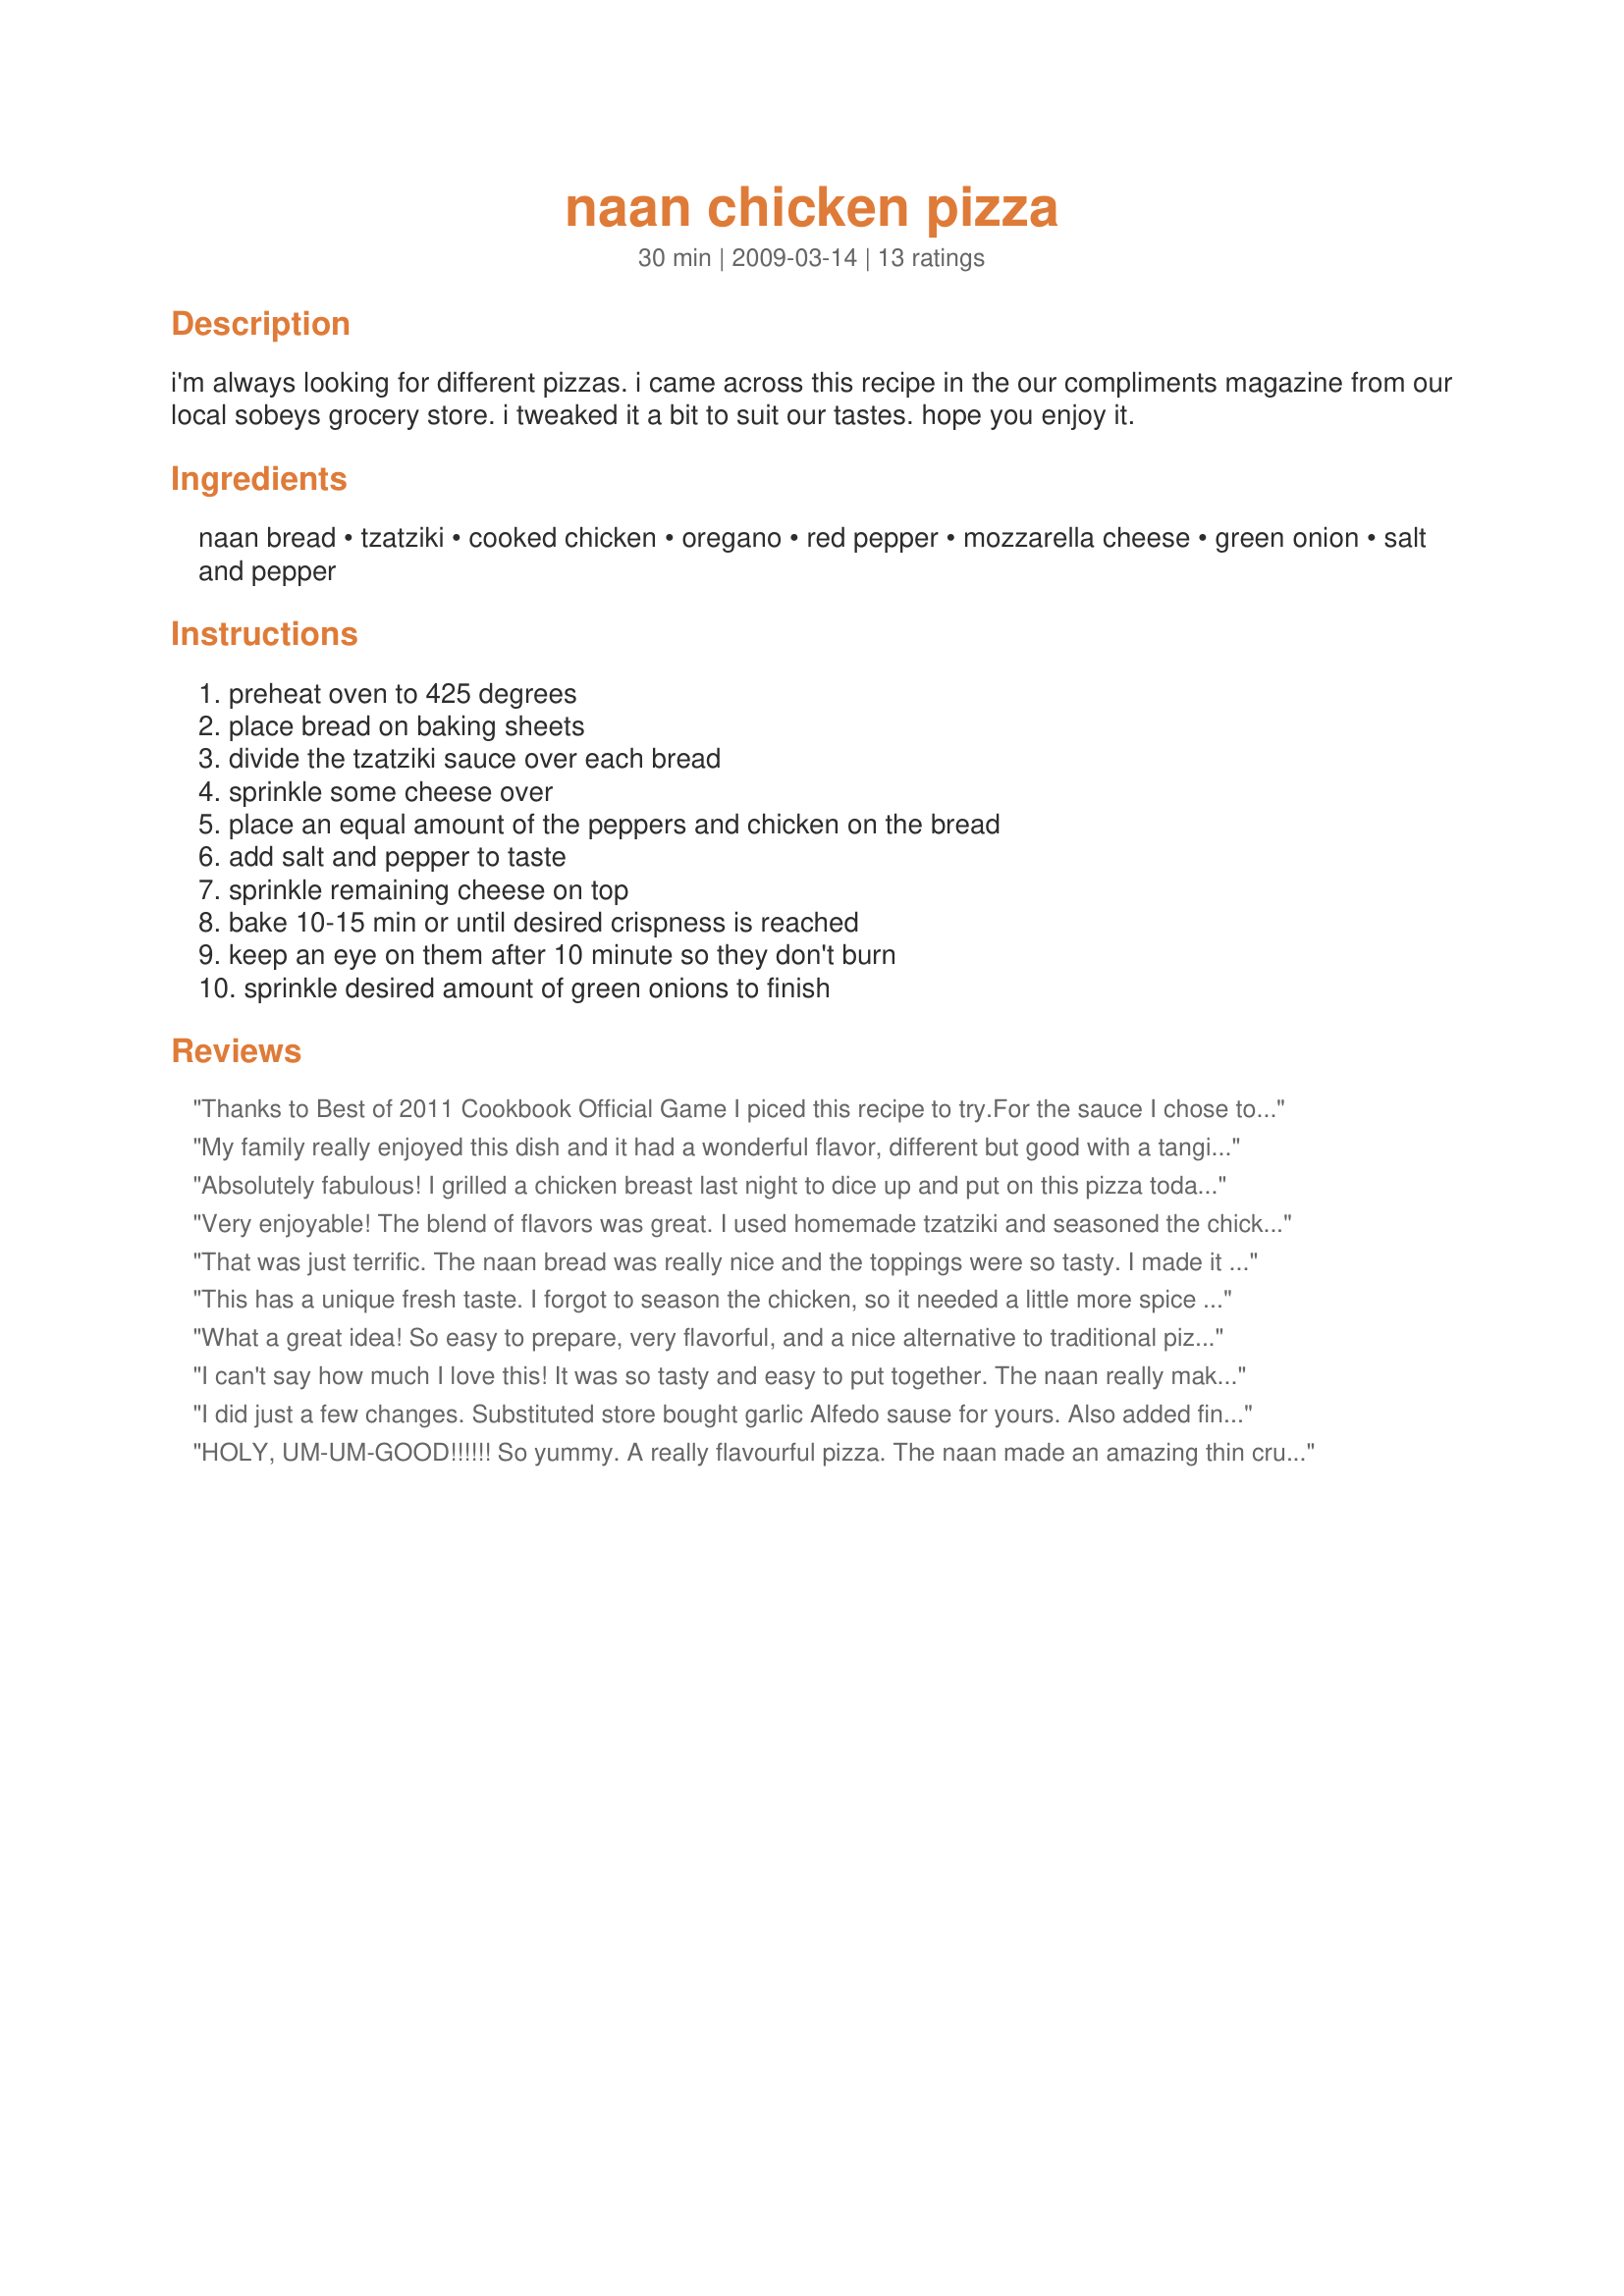
naan chicken pizza
Preparation time: 30 minutes

i'm always looking for different pizzas. i came across this recipe in the our compliments magazine from our local sobeys grocery store. i tweaked it a bit to suit our tastes. hope you enjoy it.

Ingredients:
naan bread, tzatziki, cooked chicken, oregano, red pepper, mozzarella cheese, green onion, salt and pepper

Steps:
preheat oven to 425 degrees, place bread on baking sheets, divide the tzatziki sauce over each bread, sprinkle some cheese over, place an equal amount of the peppers and chicken on the bread, add salt and pepper to taste, sprinkle remaining cheese on top, bake 10-15 min or until desired crispness is reached, keep an eye on them after 10 minute so they don't burn, sprinkle desired amount of green onions to finish

Reviews:
Thanks to Best of 2011 Cookbook Official Game I piced this recipe to try.<br/><br/>For the sauce I chose to use Recipe #80959.<br/><br/>what an amazing lunch I had today! Looking forward to having this recipe again.
My family really enjoyed this dish and it had a wonderful flavor, different but good with a tanginess from the tzatziki. This would work with other flat breads too.I made this for Best of 2010 Cookbook Tag. Thanks for a new family favorite!
Absolutely fabulous! I grilled a chicken breast last night to dice up and put on this pizza today. Wonderful decision. The smokey flavor of the chicken complimented this pizza beautifully. I made it exactly as posted today, and it was great. Next time I'll add some feta cheese....I think that would just put this over the top! Thanks for sharing.
Very enjoyable! The blend of flavors was great. I used homemade tzatziki and seasoned the chicken with sage, oregano, and basil. I sprinkled a little bit of feta on with the green onions after the bake. Thanks for sharing!
That was just terrific. The naan bread was really nice and the toppings were so tasty. I made it exactly as listed and wouldn't change a thing! Thanks for a great dinner - 5 stars from all of us. Made for Everyday's a Holiday. Thanks! :)
This has a unique fresh taste. I forgot to season the chicken, so it needed a little more spice which I will be sure to do next time. Also I added some chopped tomatoes to the toppings. Made the Nann myself using recipe 203261.
What a great idea! So easy to prepare, very flavorful, and a nice alternative to traditional pizza. We will be making this again. Made for Every Day is a Holiday tag.
I can't say how much I love this! It was so tasty and easy to put together. The naan really makes a thin, crispy crust and all the other ingredients combine so beautifully. Best of all, I felt positively virtuous eating this, with no guilt at all! I will be enjoying this often. Thanks for posting this. Made of Everyday's a Holiday Tag Game.
I did just a few changes. Substituted store bought garlic Alfedo sause for yours. Also added finely chopped back bacon. Very good. Thanks for my good start.
HOLY, UM-UM-GOOD!!!!!! So yummy. A really flavourful pizza. The naan made an amazing thin crust. The flavours were awesome!! I planned on making this recipe a day ahead; so, the day before, I marinated some chicken in crushed up garlic, oregano & lemon juice and then bbq-ed the pieces the night before. It was a great time saver & made the chicken really tasty. I will make this again & again & again!!!
I tried to do naan bread. Finally it didn't work so with it into just one pizza dough (the one you see on the photo). I did half the recipe and didn't measure the tzatziki. It was really good. We loved it. Thanks Lori. Made for Holiday tag
WOW this was my first time using tzatziki sauce and I used recipe #291455 and made 2 pizzas using a mint and yoghurt naan bread, unfortunately I didn't have any capsicum/bell peppers so I deseeded a tomatoe and finely sliced and as I was eating this delicious pizza I had an :oops: moment I had forgotten to put on the green onion but since I still have some tzatziki left and some naan bread I can see this being made again very soon, the DM is still raving and it was certainly so different from the usual tomatoe based. Thank you Lori Mama, made for Everyday A Holiday.
Oh this is so terrific and so tasty! I bought the tzatziki from our local Wegmans, freshly made in the day~and made the naan bread during the morning. I had cooked chicken from the night before so this was a breeze to put together. The oregano, the green onion, and mozzarella were a joyous and absolutely delish addition to this great treat. I used my convection toaster oven and browned the bread a bit, then added the tzatziki spreading it evenly over the bread, added the cheese and put this into the oven for about 3 more minutes to toast it more. Then added the rest and let them go for about 12 minutes and checked for overdone. All perfect and so very good! Made for *PAC* Spring 2009
